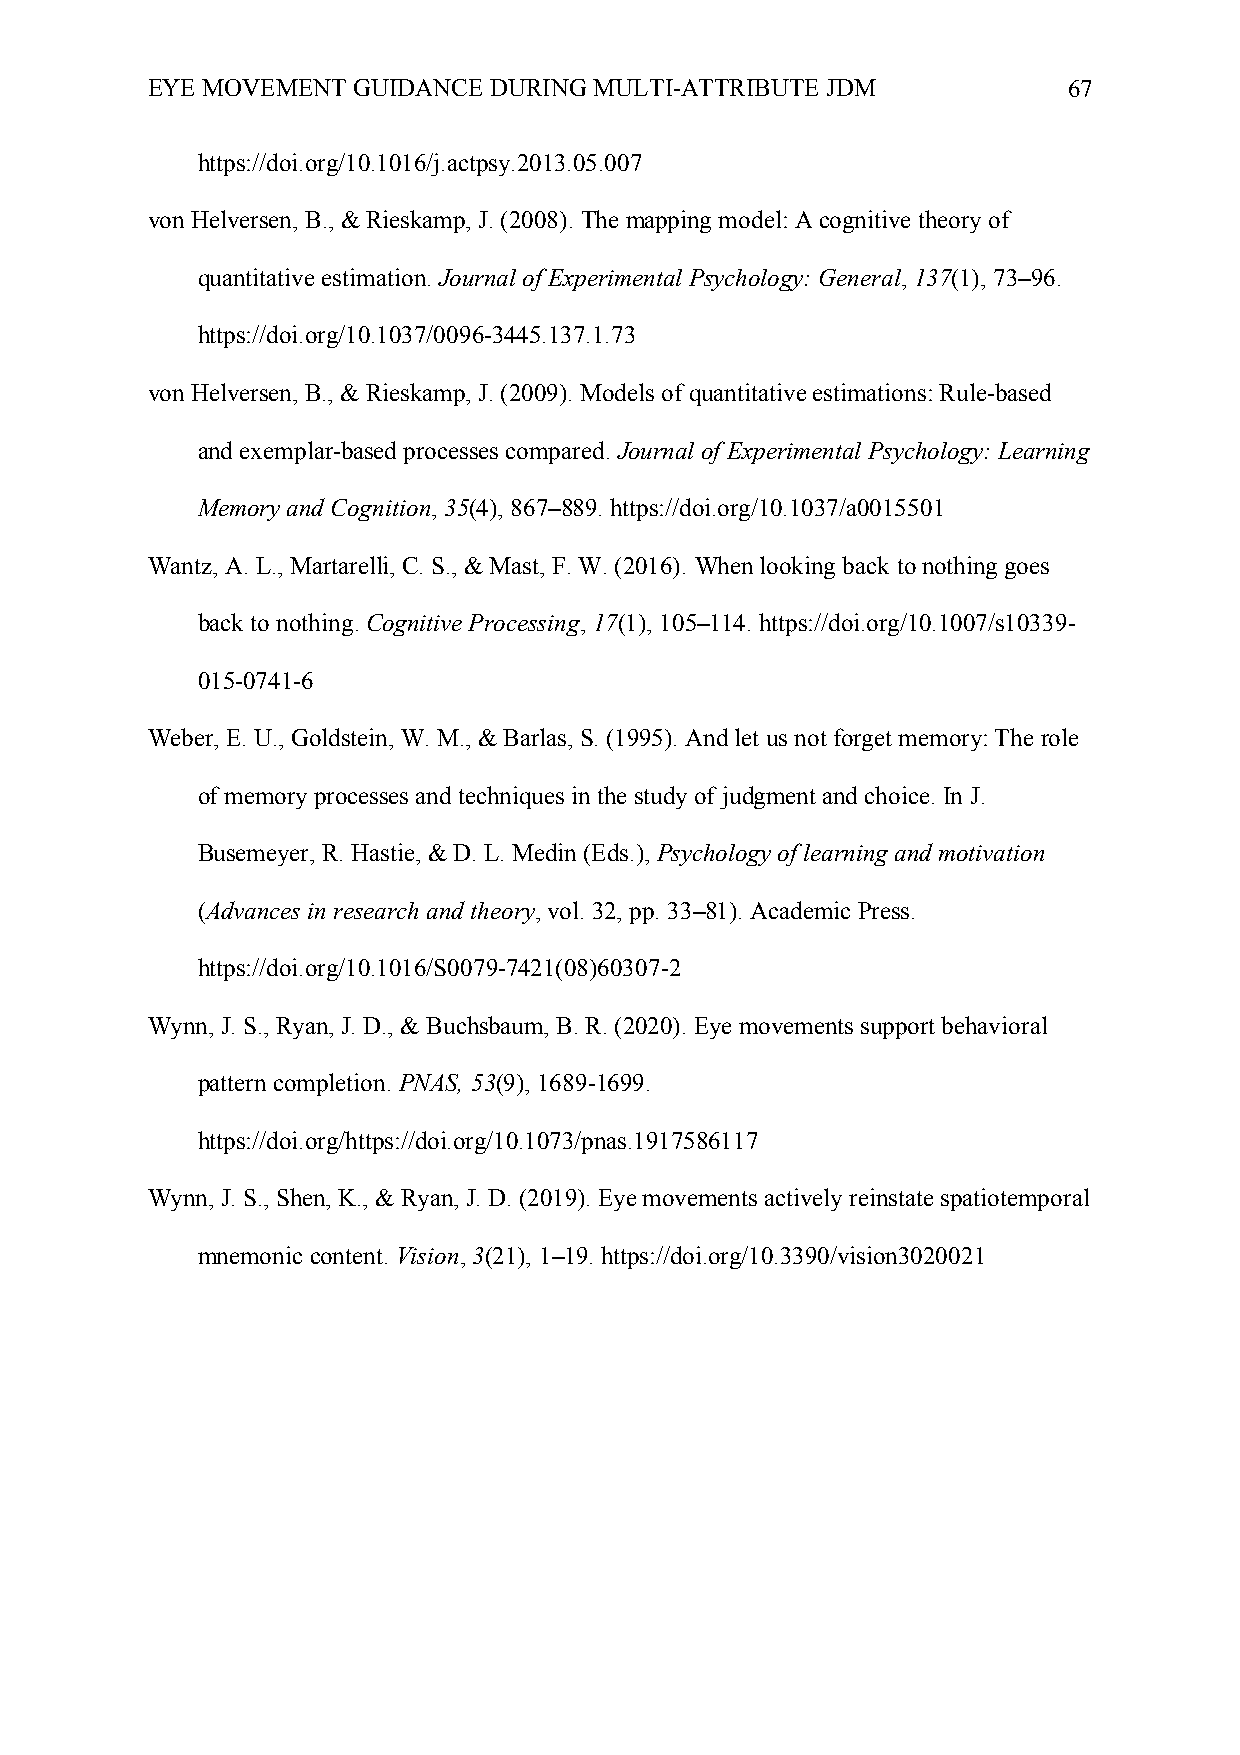
EYE MOVEMENT GUIDANCE DURING MULTI-ATTRIBUTE JDM             67
 https://doi.org/10.1016/j.actpsy.2013.05.007
 von Helversen, B., & Rieskamp, J. (2008). The mapping model: A cognitive theory of
 quantitative estimation. Journal of Experimental Psychology: General, 137(1), 73–96.
 https://doi.org/10.1037/0096-3445.137.1.73
 von Helversen, B., & Rieskamp, J. (2009). Models of quantitative estimations: Rule-based
 and exemplar-based processes compared. Journal of Experimental Psychology: Learning
 Memory and Cognition, 35(4), 867–889. https://doi.org/10.1037/a0015501
 Wantz, A. L., Martarelli, C. S., & Mast, F. W. (2016). When looking back to nothing goes
 back to nothing. Cognitive Processing, 17(1), 105–114. https://doi.org/10.1007/s10339-
 015-0741-6
 Weber, E. U., Goldstein, W. M., & Barlas, S. (1995). And let us not forget memory: The role
 of memory processes and techniques in the study of judgment and choice. In J.
 Busemeyer, R. Hastie, & D. L. Medin (Eds.), Psychology of learning and motivation
 (Advances in research and theory, vol. 32, pp. 33–81). Academic Press.
 https://doi.org/10.1016/S0079-7421(08)60307-2
 Wynn, J. S., Ryan, J. D., & Buchsbaum, B. R. (2020). Eye movements support behavioral
 pattern completion. PNAS, 53(9), 1689-1699.
 https://doi.org/https://doi.org/10.1073/pnas.1917586117
 Wynn, J. S., Shen, K., & Ryan, J. D. (2019). Eye movements actively reinstate spatiotemporal
 mnemonic content. Vision, 3(21), 1–19. https://doi.org/10.3390/vision3020021